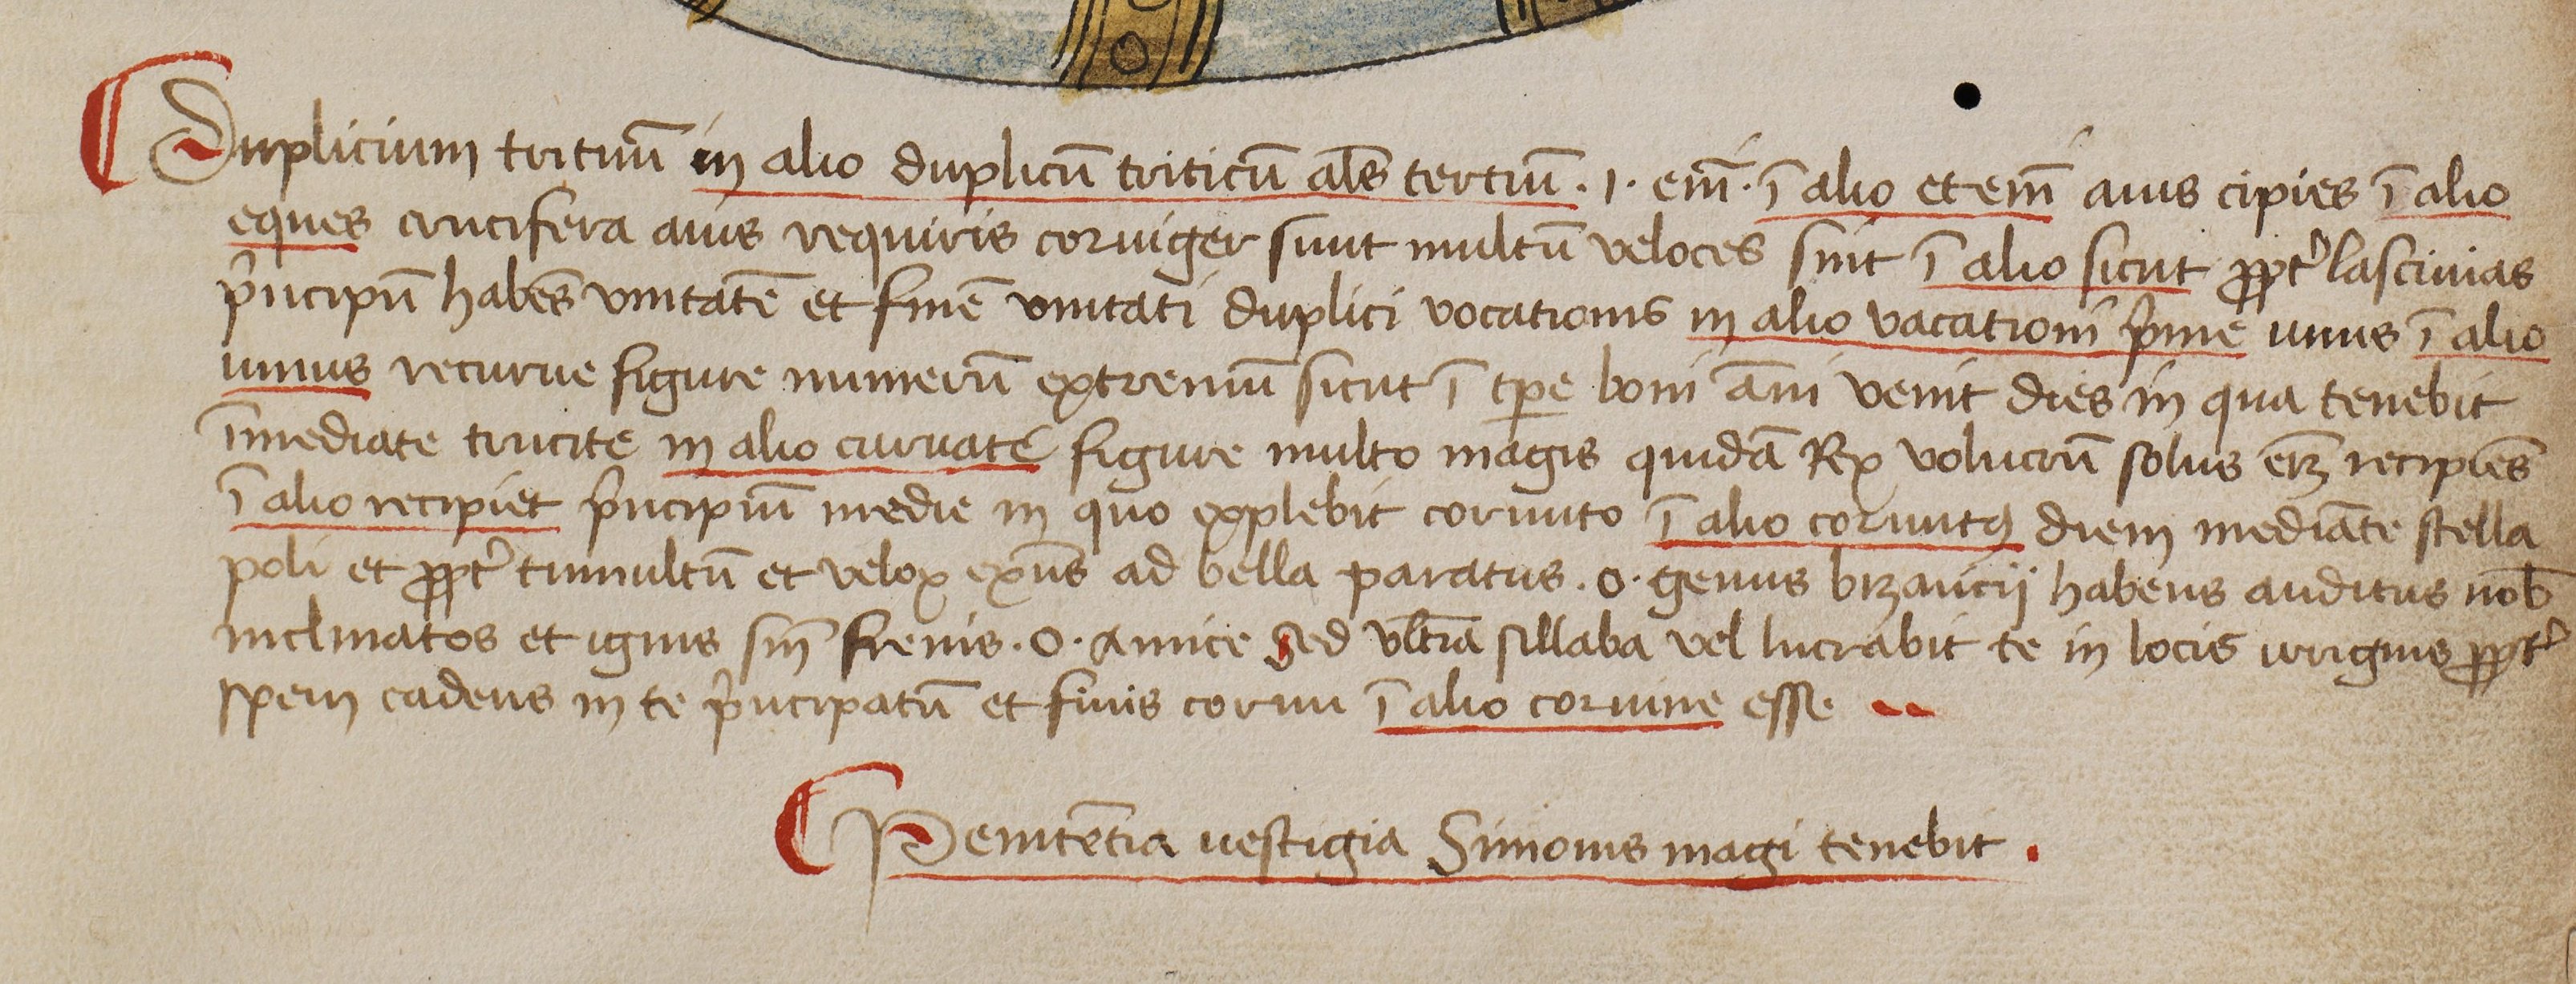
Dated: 1444–1449